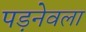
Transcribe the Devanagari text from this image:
पड़नेवला